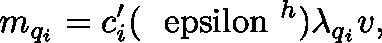
m _ { q _ { i } } = c _ { i } ^ { \prime } ( { \mathrm { \boldmath ~ \ e p s i l o n ~ } } ^ { h } ) \lambda _ { q _ { i } } v ,